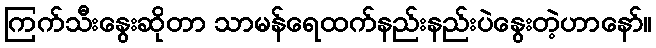
ကြက်သီးနွေးဆိုတာ သာမန်ရေထက်နည်းနည်းပဲနွေးတဲ့ဟာနော်။